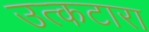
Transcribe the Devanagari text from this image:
उत्कटारा